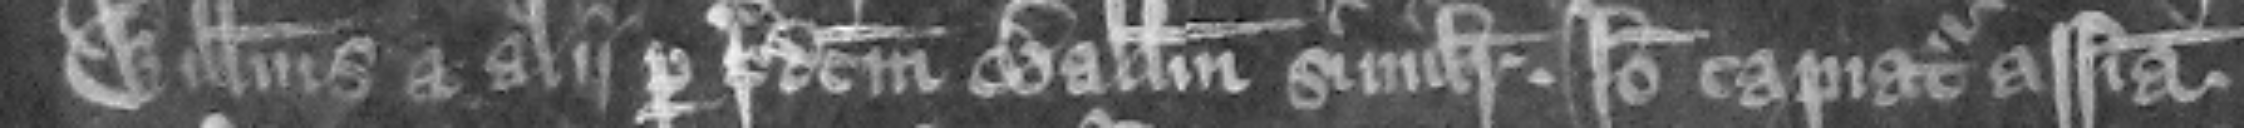
Willelmus et ali per predictum balliuum similiter. Ideo capiatur assisa.